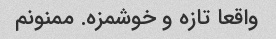
واقعا تازه و خوشمزه. ممنونم